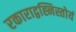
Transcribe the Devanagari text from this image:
रकाराद्वह्निस्तोयं